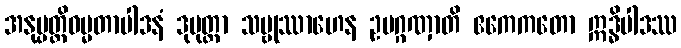
အနုပ္ပတ္တိဓမ္မတာပါဒနံ ဒုပုတ္တာ သဗ္ဗုဿာဟေန ဥပဂ္ဂဏှာတိ ဧကေကတော ဣဒ္ဓိပါဒဿ